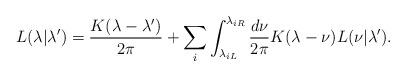
LaTeX: \begin{align*} L(\lambda|\lambda') = \frac{K(\lambda-\lambda')}{2\pi} + \sum_i \int_{\lambda_{iL}}^{\lambda_{iR}}\frac{d\nu}{2\pi}K(\lambda-\nu)L(\nu|\lambda').\end{align*}